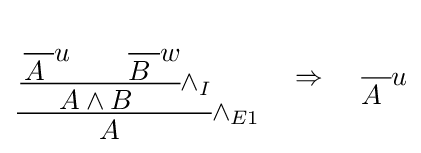
{\begin{aligned}{\cfrac {{\cfrac {{\cfrac {}{A\ }}u\qquad {\cfrac {}{B\ }}w}{A\wedge B\ }}\wedge _{I}}{A\ }}\wedge _{E1}\end{aligned}}\quad \Rightarrow \quad {\cfrac {}{A\ }}u